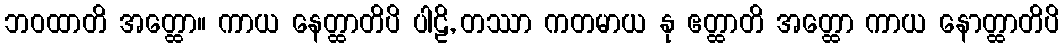
ဘဝထာတိ အတ္ထော။ ကာယ နေတ္ထာတိပိ ပါဠိ, တဿာ ကတမာယ နု ဧတ္ထာတိ အတ္ထော ကာယ နောတ္ထာတိပိ